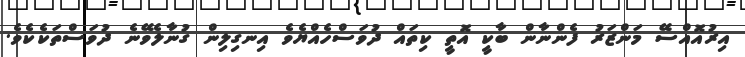
އިރުއޮއްސޭ މަންޒަރު ފެންނާން ބާކީ އޮތީ ކިތައް ދުވަސްހެއްޔެވެ އިނގިލިން ގުނާލެވޭނެ ދުވަސްތަކެކެވެ.